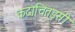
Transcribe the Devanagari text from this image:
कदाचित्‌इसी